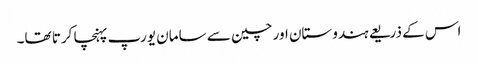
اس کے ذریعے ہندوستان اور چین سے سامان یورپ پہنچا کرتا تھا۔